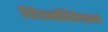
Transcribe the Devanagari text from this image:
चिंतनविवेचन